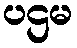
ပဌမ